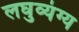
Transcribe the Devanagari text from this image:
लघुव्यंग्य